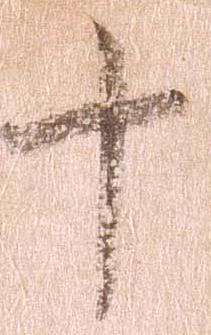
十